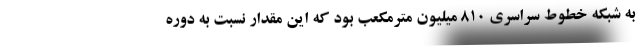
به شبکه خطوط سراسری ۸۱۰ میلیون مترمکعب بود که این مقدار نسبت به دوره